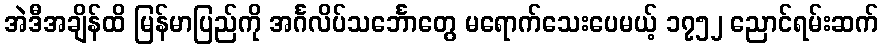
အဲဒီအချိန်ထိ မြန်မာပြည်ကို အင်္ဂလိပ်သင်္ဘောတွေ မရောက်သေးပေမယ့် ၁၇၅၂ ညောင်ရမ်းဆက်